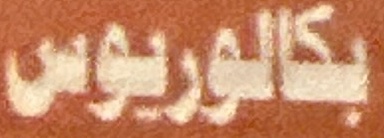
بكالوريوس